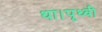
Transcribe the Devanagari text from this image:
था।पृथ्वी